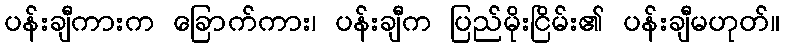
ပန်းချီကားက ခြောက်ကား၊ ပန်းချီက ပြည်မိုးငြိမ်း၏ ပန်းချီမဟုတ်။